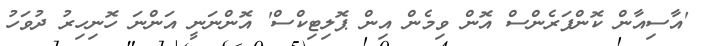
'އާސިއާން ކޮންފަރެންސް އޮން ވިމެން އިން ޕޮލިޓިކްސް' އޮންނަނީ އަންނަ ހޮނިހިރު ދުވަހު